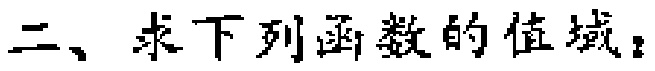
二、求下列函数的值域：